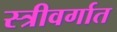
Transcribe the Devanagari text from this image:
स्त्रीवर्गात